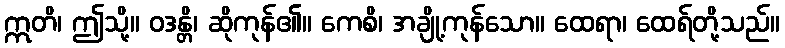
ဣတိ၊ ဤသို့။ ဝဒန္တိ၊ ဆိုကုန်၏။ ကေစိ၊ အချို့ကုန်သော။ ထေရာ၊ ထေရ်တို့သည်။